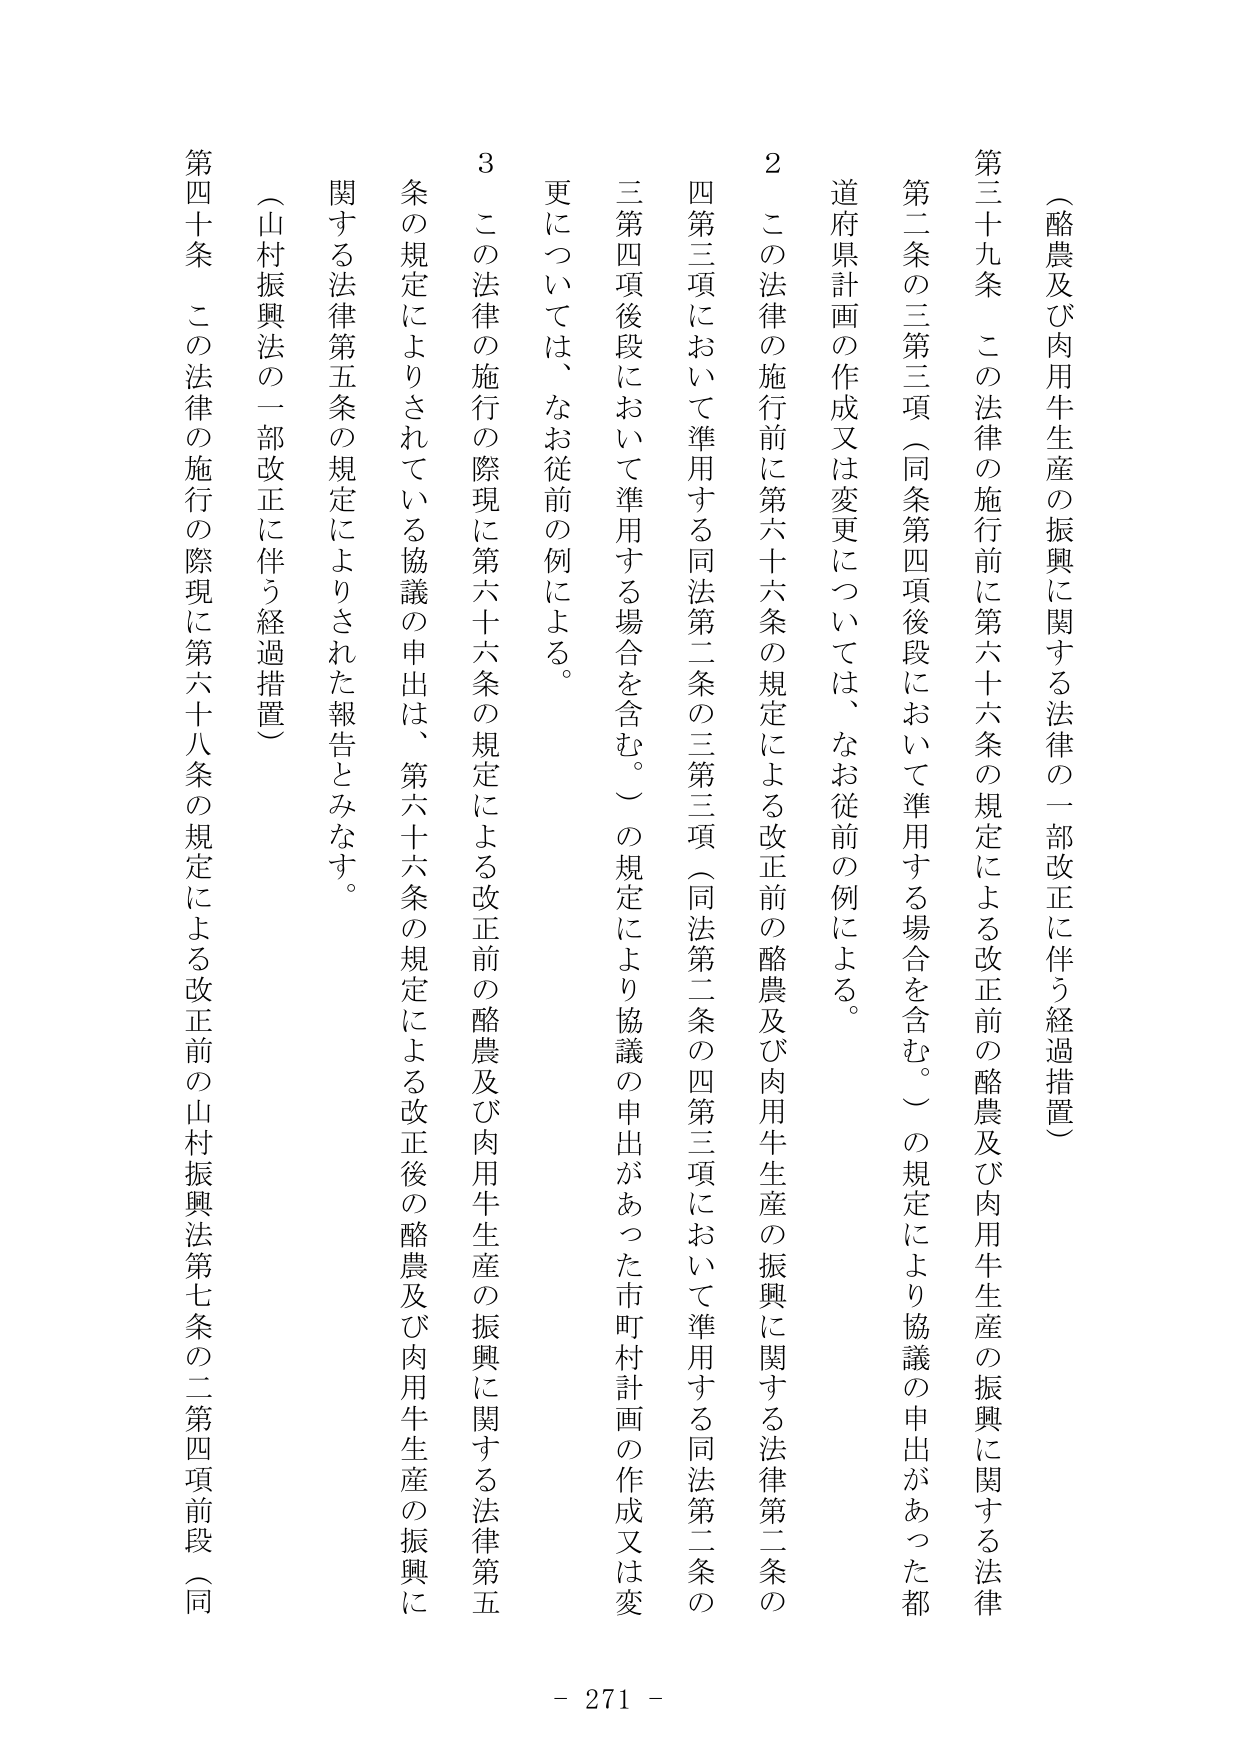
（酪農及び肉用牛生産の振興に関する法律の一部改正に伴う経過措置）

第三十九条 この法律の施行前に第六十六条の規定による改正前の酪農及び肉用牛生産の振興に関する法律第二条の三第三項（同条第四項後段において準用する場合を含む。）の規定により協議の申出があった都道府県計画の作成又は変更については、なお従前の例による。

２ この法律の施行前に第六十六条の規定による改正前の酪農及び肉用牛生産の振興に関する法律第二条の四第三項において準用する同法第二条の三第三項（同法第二条の四第三項において準用する同法第二条の三第四項後段において準用する場合を含む。）の規定により協議の申出があった市町村計画の作成又は変更については、なお従前の例による。

３ この法律の施行の際現に第六十六条の規定による改正前の酪農及び肉用牛生産の振興に関する法律第五条の規定によりされている協議の申出は、第六十六条の規定による改正後の酪農及び肉用牛生産の振興に関する法律第五条の規定によりされた報告とみなす。

（山村振興法の一部改正に伴う経過措置）

第四十条 この法律の施行の際現に第六十八条の規定による改正前の山村振興法第七条の二第四項前段（同

- 271 -